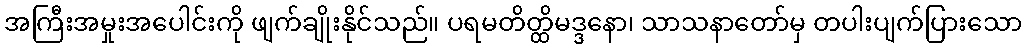
အကြီးအမှုးအပေါင်းကို ဖျက်ချိုးနိုင်သည်။ ပရမတိတ္ထိမဒ္ဒနော၊ သာသနာတော်မှ တပါးပျက်ပြားသော